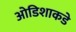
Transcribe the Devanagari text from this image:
ओडिशाकडे